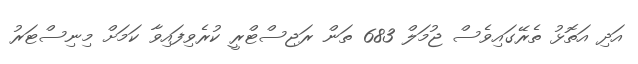
އަދި އަތޮޅު ތެރޭގައިވެސް ޖުމަލް 683 ތަން ރަޖިސްޓްރީ ކުރެވިފައިވާ ކަމަށް މިނިސްޓަރު